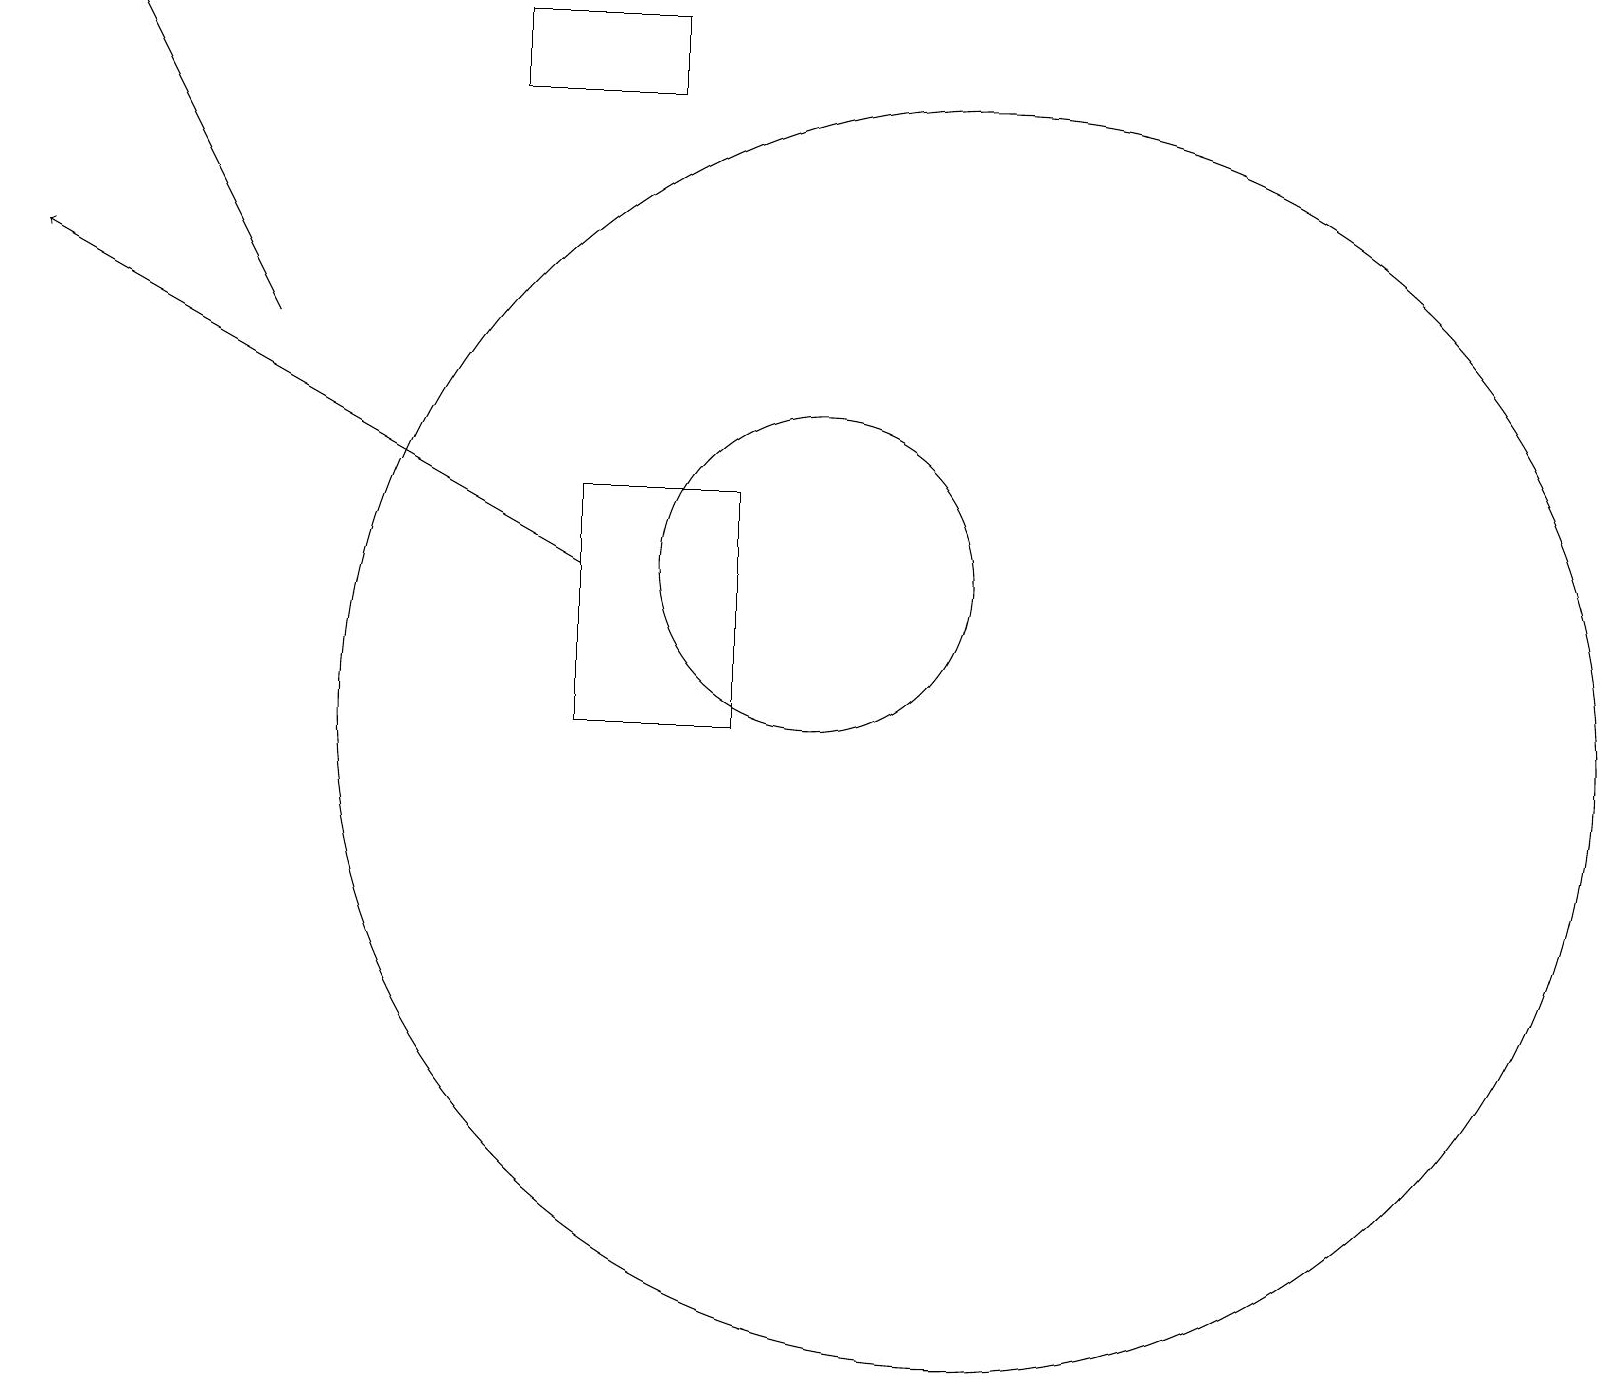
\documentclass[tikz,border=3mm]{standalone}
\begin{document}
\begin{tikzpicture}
\draw[->] (3,15) -- (1,19);
\draw (12,10) circle (8);
\draw (8,19) rectangle (6,18);
\draw[->] (7,12) -- (0,16);
\draw (10,12) circle (2);
\draw (7,13) rectangle (9,10);
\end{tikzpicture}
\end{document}